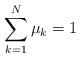
LaTeX: \begin{align*} \sum_{k=1}^{N} \mu_k = 1\end{align*}